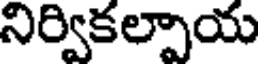
నిర్వికల్పాయ